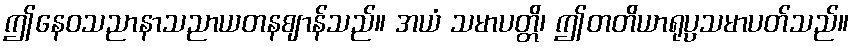
ဤနေဝသညာနာသညာယတနဈာန်သည်။ အယံ သမာပတ္တိ၊ ဤတတိယာရုပ္ပသမာပတ်သည်။